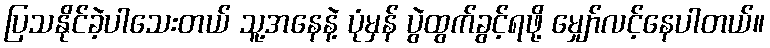
ပြသနိုင်ခဲ့ပါသေးတယ် သူ့အနေနဲ့ ပုံမှန် ပွဲထွက်ခွင့်ရဖို့ မျှော်လင့်နေပါတယ်။